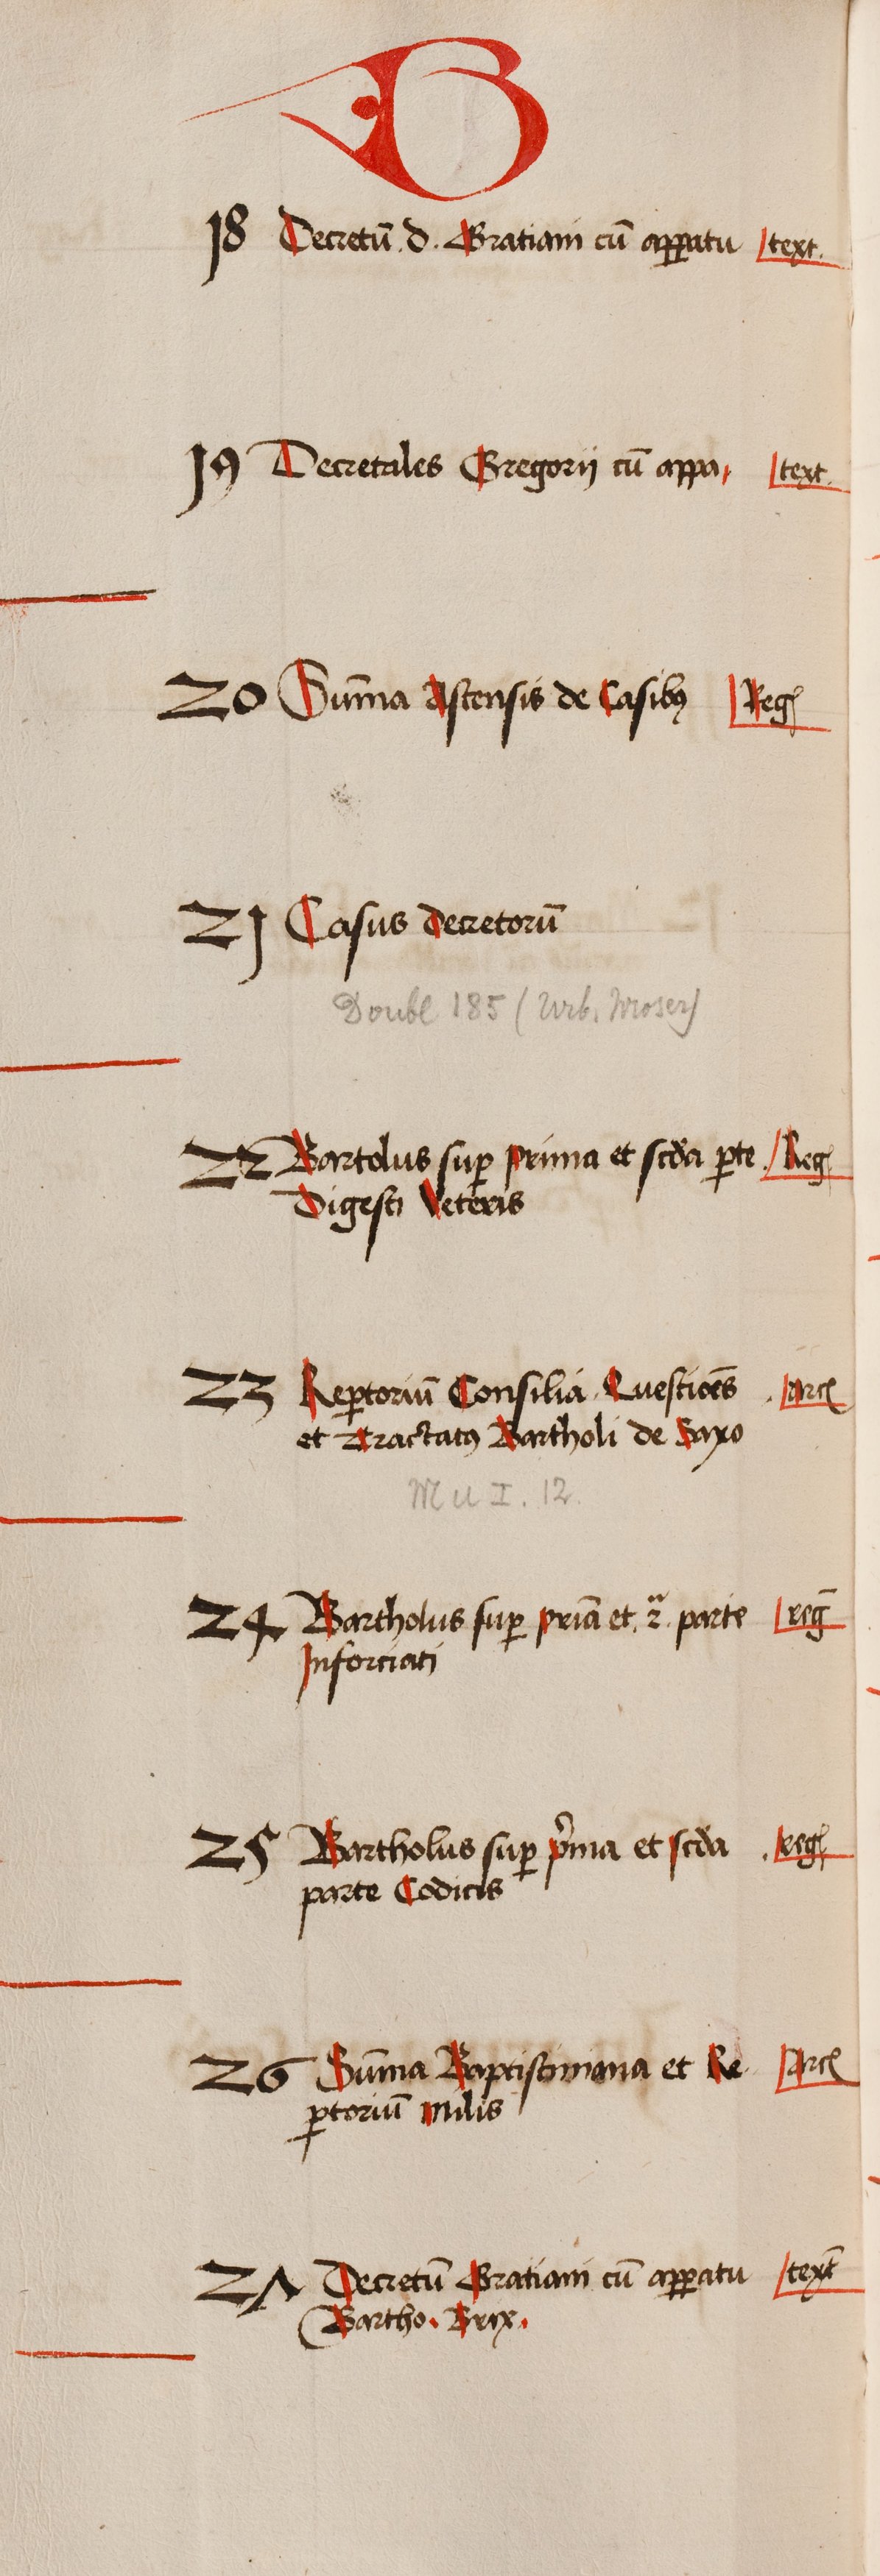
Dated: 1505–1535